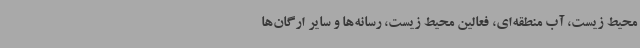
محیط زیست، آب منطقه‌ای، فعالین محیط زیست، رسانه‌ها و سایر ارگان‌ها